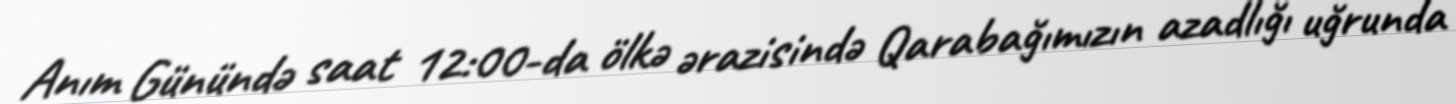
Anım Günündə saat 12:00-da ölkə ərazisində Qarabağımızın azadlığı uğrunda